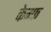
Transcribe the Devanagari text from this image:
केम्फ